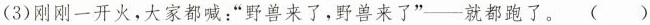
(3)刚刚一开火，大家都喊“野兽来了，野兽来了”—就都跑了。( )